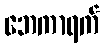
ဘေကာရက်